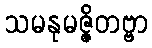
သမနုမဇ္ဇိတဗ္ဗာ